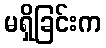
မရှိခြင်းက